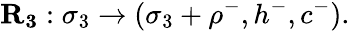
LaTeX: \mathbf{R_{3}}:\sigma_{3}\to(\sigma_{3}+\rho^{-},h^{-},c^{-}).